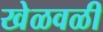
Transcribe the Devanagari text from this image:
खेळवळी